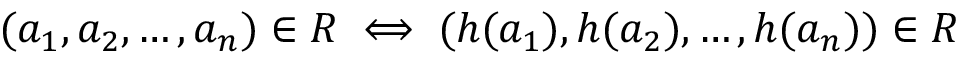
( a _ { 1 } , a _ { 2 } , \dots , a _ { n } ) \in R \iff ( h ( a _ { 1 } ) , h ( a _ { 2 } ) , \dots , h ( a _ { n } ) ) \in R